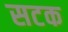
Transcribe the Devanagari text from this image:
सटक